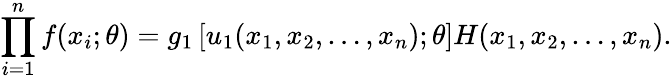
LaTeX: \prod_{i=1}^{n}f(x_{i};\theta)=g_{1}\left[u_{1}(x_{1},x_{2},\dots,x_{n});\theta\right]H(x_{1},x_{2},\dots,x_{n}).